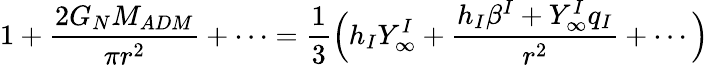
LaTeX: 1+{\frac{2G_{N}M_{ADM}}{\pi r^{2}}}+\cdots={\frac{1}{3}}\Big(h_{I}Y_{\infty}^{I}+{\frac{h_{I}\beta^{I}+Y_{\infty}^{I}q_{I}}{r^{2}}}+\cdots\Big)